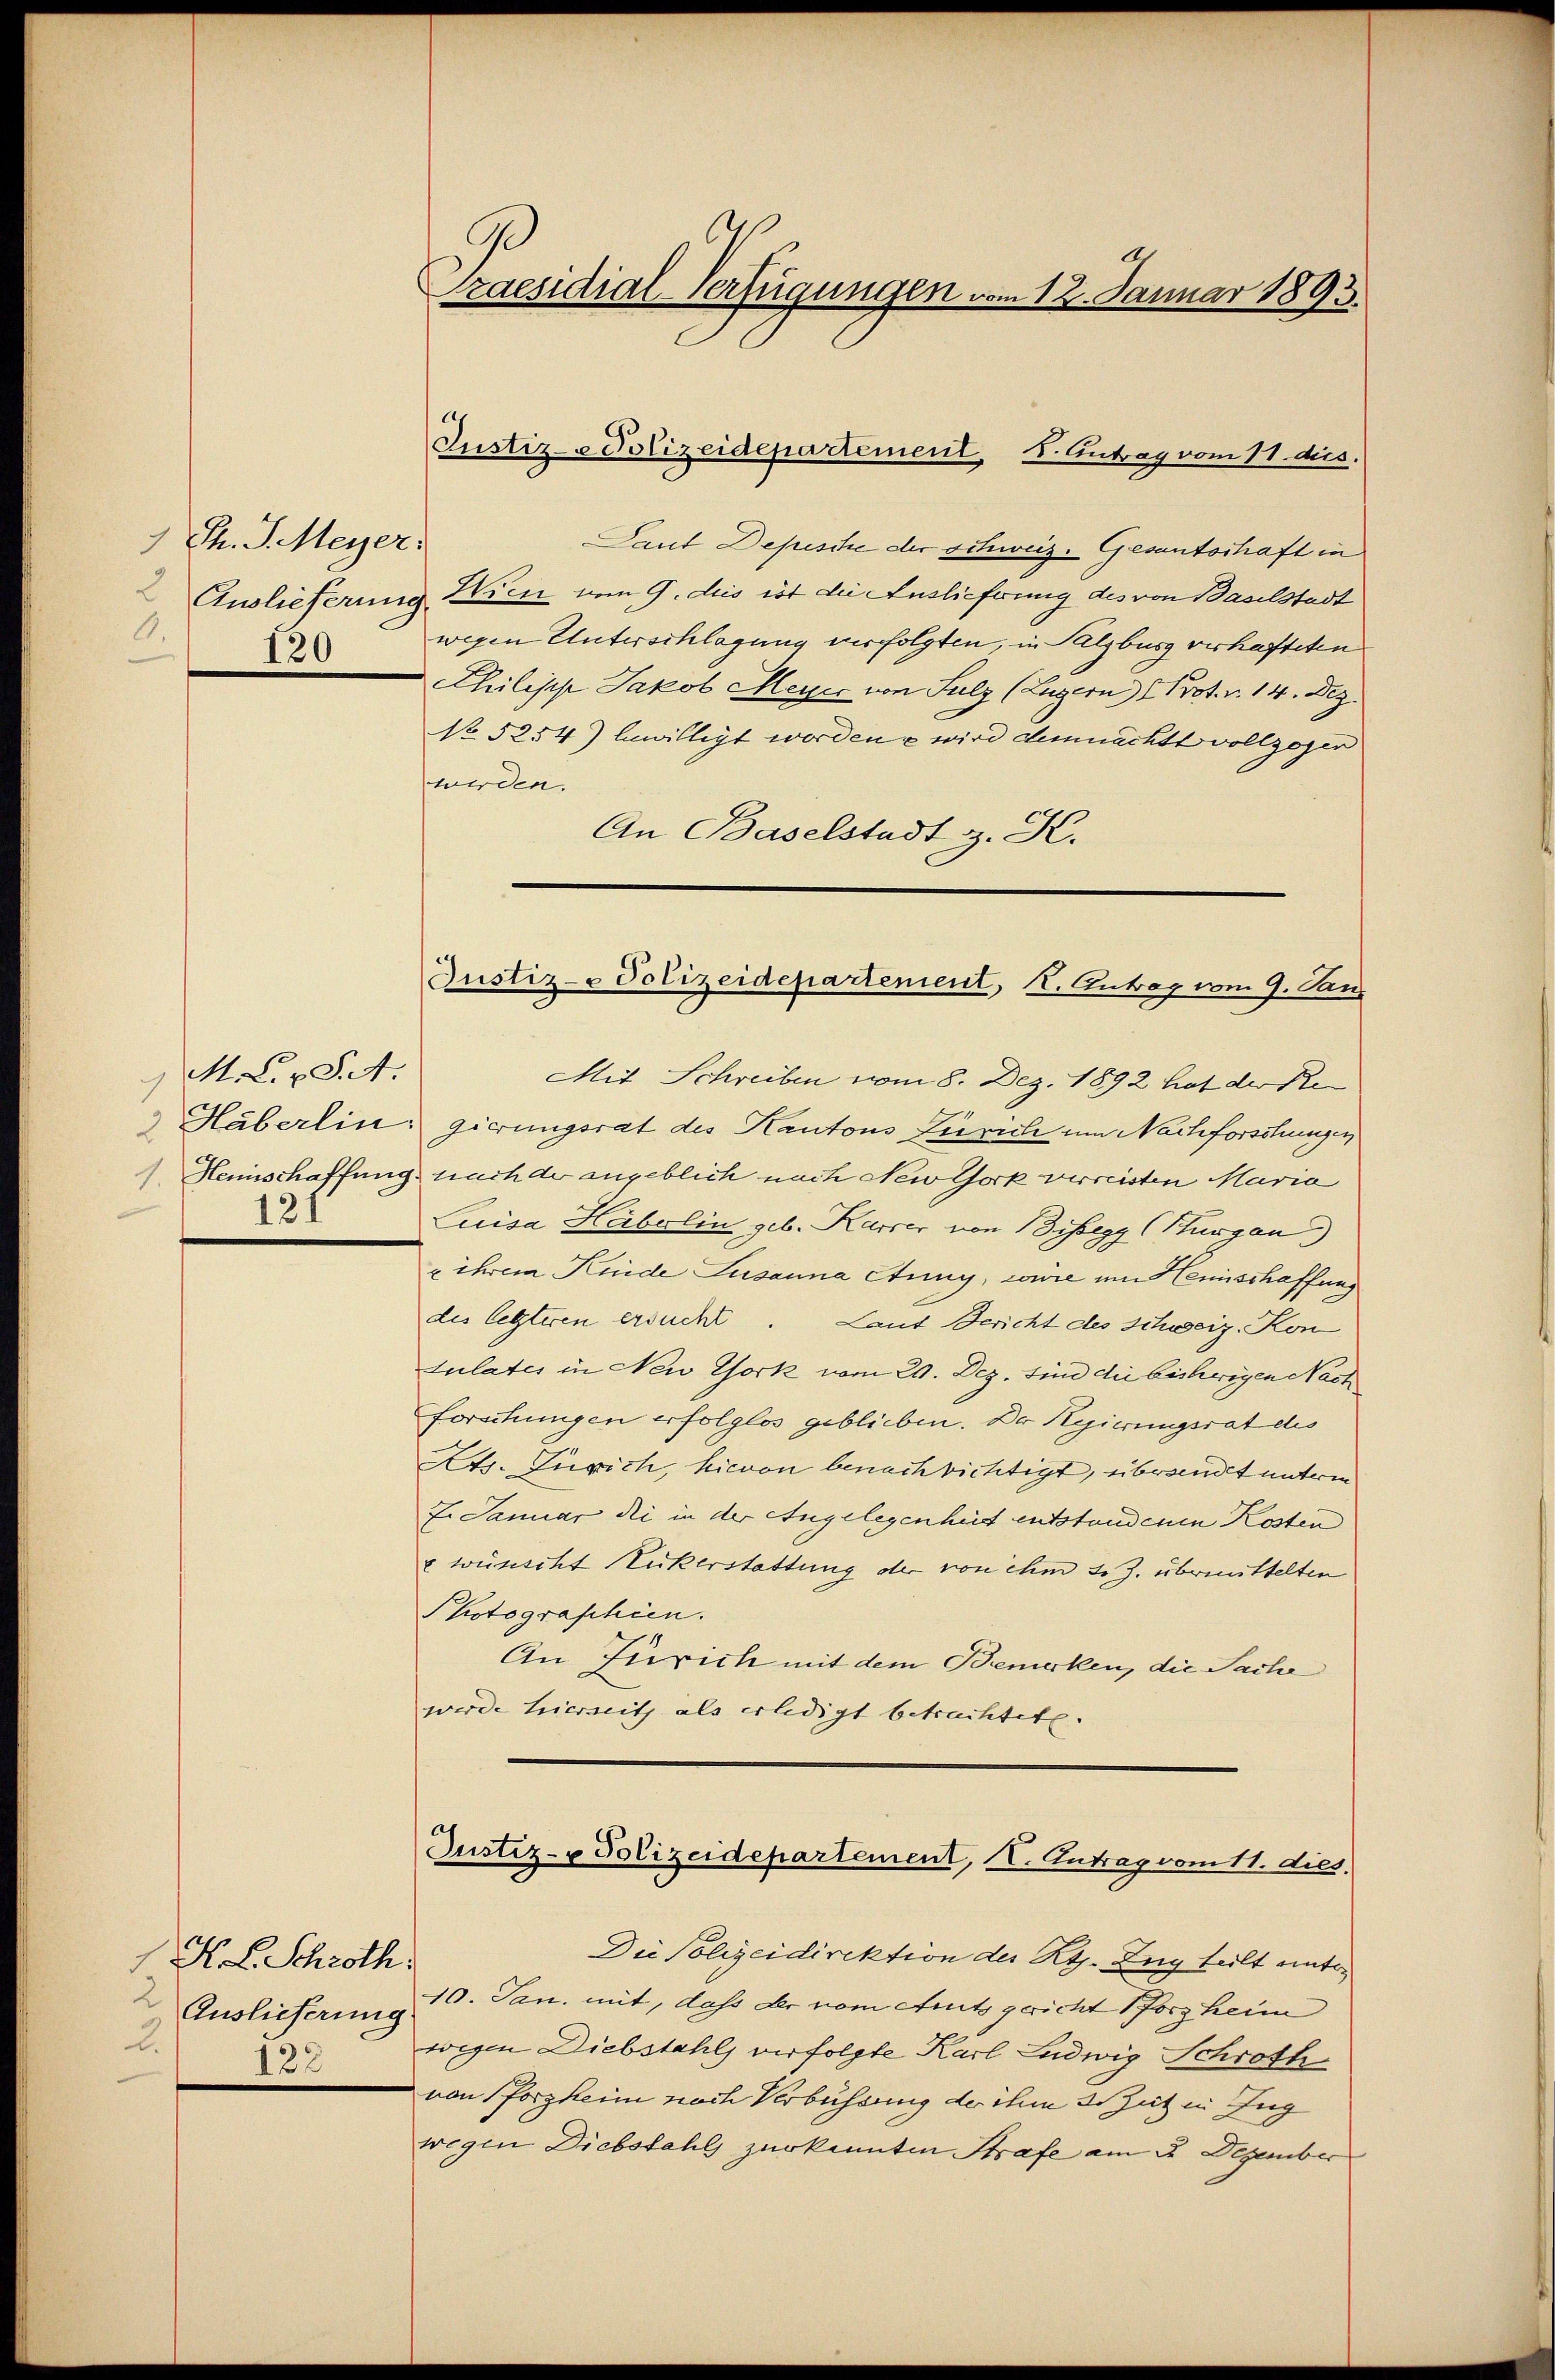
Th. J. Meyer,
2 Auslieferung
120

M. C. S. 44.
1. Hennischaffung.
12f

H. L. Schroth
2
Auslieferung
2.
122

Praesidial-Verfügungen vom 12. Januar 1893.

Laut Depesche der schweiz. Gesantschaft in
Wicht vom 9. des ist die Auslieferung des von Baselstadt
wegen Unterschlagung verfolgten, in Salzburg verhafteten
Chilisch Jakob Meyer von Sulz (Luzern Prot. v. 14. Dez.
No 5254) bewilligt worden wird demnacht vollzogen
werden.
An Baselstadt z. K.

Justiz-Polizeidepartement, s. Antrag vom 11. ds.

Justiz- & Polizeidepartement, K. Antrag vom 9. Janz

Mit Schreiben vom 8. Dez. 1892 hat der Re
 Häberlin gierungsrat des Kantons Zürich um Nachforschungen
nach der angeblich nach New York verreisten Maria
Luisa Habolin geb. Karrer von Bregg (Thurgau)
u ihrem Kinde Susanna Anny, wäre im Hemischaffung
des letzteren ersucht
Laut Bericht des Schweiz. Kon
tulates in New York vom 2. Dez. sind die bisherigen Nach
forschungen erfolglos geblieben. Der Regierungsrat des
Ats. Zürich, hievon benachbichtigt, übrandt unterm
Er Januar die in der Angelegenheit entstandenen Kosten
x wünscht Rickerstattung der von ihm s. Z. übermittelten
Photographien.
An Zürich mit dem Bemerken, die Sache
werde hierseith als erledigt betrachtete.
Justiz- & Polizeidepartement, I. Antrag vom 11. dies
Die Polizeidirektion der RG. Zug teilt unter
10. Jan. mit, dass der vom Amtsgericht Pforzheim
wegen Diebstahls verfolgte Karl Ludwig Schroth
von Pforzheim nach Verbüssung der ihm s. Zut in Zug
wegen Diebstahls zur kannten Strafe am 2. Dezember